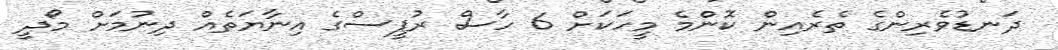
ދަނޑުވެރިންގެ ތެރެއިން ކޮންމެ މީހަކަށް 6 ހާސް ރުޕީސްގެ އިނާޔަތެއް ދިނުމަށް މޯދީ